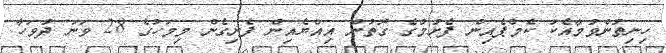
ހިނިތުންވުމާއެކު ކެމްޕެއިން ފެށުމުގެ ގޮތުން އިއްޔެއިން ފެށިގެން މިމަހުގެ 28 ވަނަ ދުވަހާ